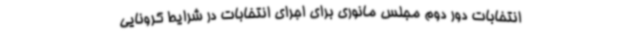
انتخابات دور دوم مجلس مانوری برای اجرای انتخابات در شرایط کرونایی